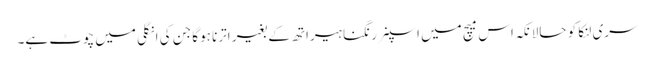
سری لنکا کو حالانکہ اس میچ میں اسپنر رنگنا ہیراتھ کے بغیر اترنا ہوگا جن کی انگلی میں چوٹ ہے۔